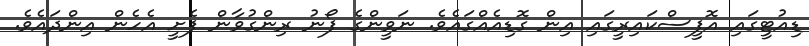
ޑިއުޓީގައި އޮފީސްކައިރީގައި އިން ގޮޑިއެއްގައެވެ. ނަވީންގެ ފޯނު ރިންގުވާން ފެށީ އެހެން އިންދައެވެ.